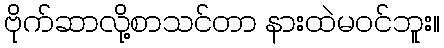
ဗိုက်ဆာလို့စာသင်တာ နားထဲမဝင်ဘူး။